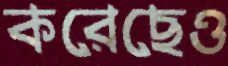
করেছেও